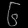
Digit: ၆